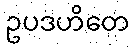
ဥပဒဟိတေ